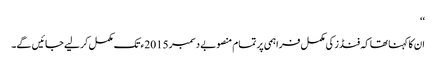
‘‘
ان کا کہنا تھا کہ فنڈز کی مکمل فراہمی پر تمام منصوبے دسمبر 2015ء تک مکمل کر لیے جائیں گے۔